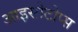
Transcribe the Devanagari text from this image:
आइसोटोप्स